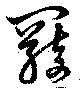
羇